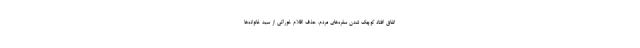
اتفاق افتاد کوچک شدن سفره‌های مردم، حذف اقلام خوراکی از سبد خانواده‌ها